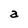
Character: a